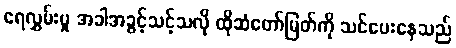
ရေလွှမ်းမှု အခါအခွင့်သင့်သလို ထိုဆံတော်မြတ်ကို သင်ပေးနေသည်